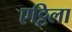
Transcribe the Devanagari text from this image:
एट्टिला